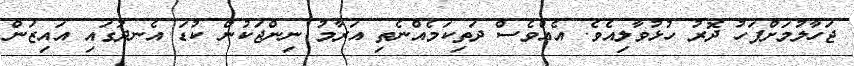
ޖަހާލުމަށްފަހު ދޮރު ހުޅުވާލިއެވެ. އެއްވެސް ދަތިކަމެއްނެތި އަރާމު ނިންޖަކުން ކުޑަ އެނދުގައި އައިޒަން